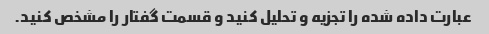
عبارت داده شده را تجزیه و تحلیل کنید و قسمت گفتار را مشخص کنید.